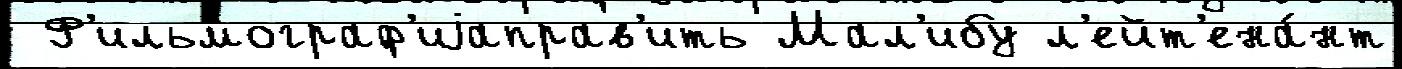
 Ф'ильмограф'иjаправ'ить Мал'ибу л'ейт'ена́нт